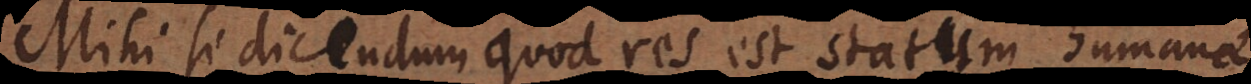
Mihi si dicendum quod res est statum humana